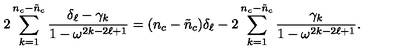
2 \sum _ { k = 1 } ^ { n _ { c } - \tilde { n } _ { c } } \frac { \delta _ { \ell } - \gamma _ { k } } { 1 - \omega ^ { 2 k - 2 \ell + 1 } } = ( n _ { c } - \tilde { n } _ { c } ) \delta _ { \ell } - 2 \sum _ { k = 1 } ^ { n _ { c } - \tilde { n } _ { c } } \frac { \gamma _ { k } } { 1 - \omega ^ { 2 k - 2 \ell + 1 } } .